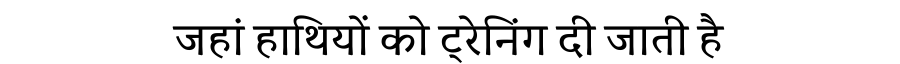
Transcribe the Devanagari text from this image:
जहां हाथियों को ट्रेनिंग दी जाती है